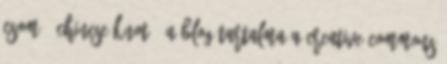
csomó chinese knot 1 A blog tartalma a Creative Commons